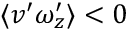
\langle v ^ { \prime } \omega _ { z } ^ { \prime } \rangle < 0